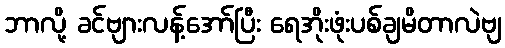
ဘာလို့ ခင်ဗျားလန့်အော်ပြီး ရေအိုးဖုံးပစ်ချမိတာလဲဗျ